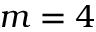
m = 4